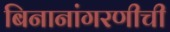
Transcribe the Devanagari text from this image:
बिनानांगरणीची